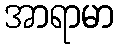
အာရာမာ